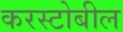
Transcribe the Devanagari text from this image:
करस्टोबील